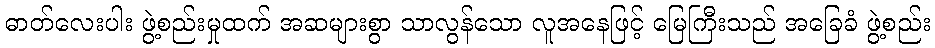
ဓာတ်လေးပါး ဖွဲ့စည်းမှုထက် အဆများစွာ သာလွန်သော လူအနေဖြင့် မြေကြီးသည် အခြေခံ ဖွဲ့စည်း